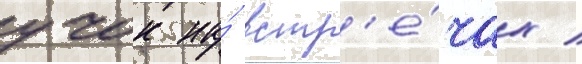
учок на́ встр'е́чах /